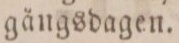
gängsdagen.